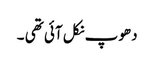
دھوپ نکل آئی تھی ۔